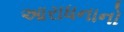
આરાધનાનો